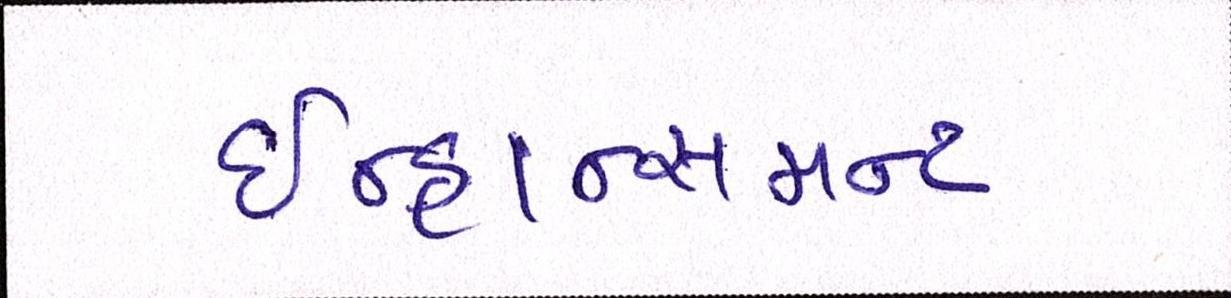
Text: ઇન્હાન્સમન્ટ